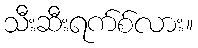
သီးဆီးရက်စ်လား။